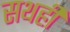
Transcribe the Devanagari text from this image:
सथही